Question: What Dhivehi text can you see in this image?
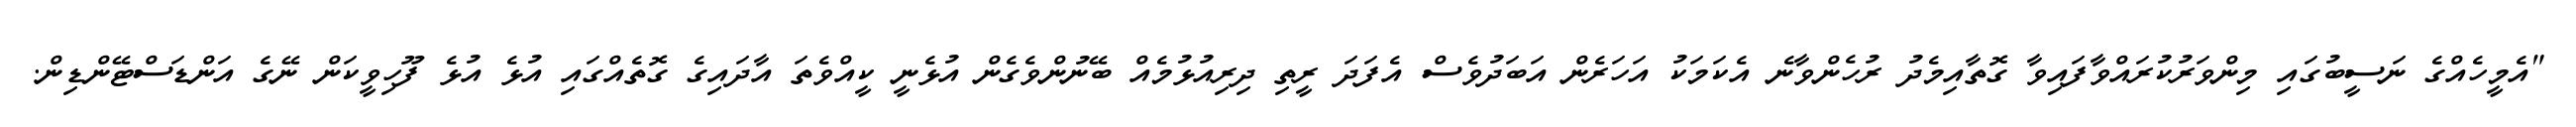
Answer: "އެމީހެއްގެ ނަސީބުގައި މިންވަރުކުރައްވާފައިވާ ގޮތާއިމެދު ރުހެންވާނެ އެކަމަކު އަހަރެން އަބަދުވެސް އެފަދަ ރީތި ދިރިއުޅުމެއް ބޭނުންވެގެން އުޅެނީ ކީއްވެތަ އާދައިގެ ގޮތެއްގައި އުޅެ އުޅެ ފޫހިވީކަން ނޭގެ އަންޑަސްޓޭންޑިން.